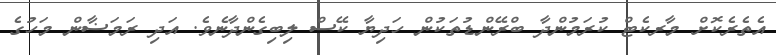
އެތެރެކޮށް މާރކެޓް ކުރަމުންދާ ބްރޭންޑުތަކުން ހަދިޔާ ކޭސް ލިބިގެންދާނެވެ. އަދި ރަމަޟާން މަހުގެ